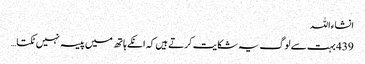
انشاءاللہ
439 بہت سے لوگ یہ شکایت کرتے ہیں کہ انکے ہاتھ میں پیسہ نہیں ٹکتا …